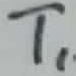
Text: T1